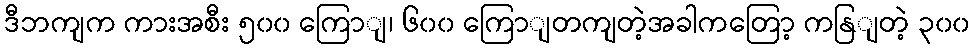
ဒီဘကျက ကားအစီး ၅၀၀ ကြောျ၊ ၆၀၀ ကြောျတကျတဲ့အခါကတြော့ ကနြျတဲ့ ၃၀၀